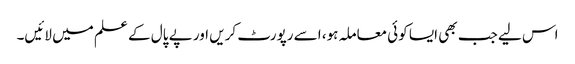
اس لیے جب بھی ایسا کوئی معاملہ ہو، اسے رپورٹ کریں اور پے پال کے علم میں لائیں۔